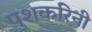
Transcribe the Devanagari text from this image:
पुशकरिनी